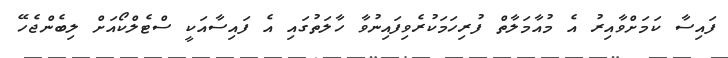
ފައިސާ ކަމަށްވާއިރު އެ މުއާމަލާތް ފުރިހަަމަކުރެވިފައިނުވާ ހާލަތުގައި އެ ފައިސާއަކީ ސްޓެލްކޯއަށް ލިބެންޖެހޭ